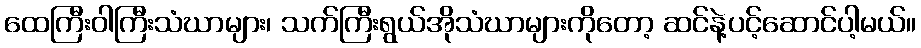
ထေကြီးဝါကြီးသံဃာများ၊ သက်ကြီးရွယ်အိုသံဃာများကိုတော့ ဆင်နဲ့ပင့်ဆောင်ပါ့မယ်။